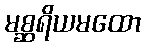
မစ္ဆရိယမထော